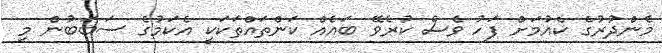
މެންދުރުގެ ކެއުމަށް ފަހު ވެސް ކުރެވޭ ބައެއް ކަންތައްތަކަކީ އެކަމުގެ ސަބަބުން މި